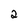
Character: 2